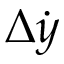
\Delta \dot { y }